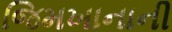
જિમખાનાની